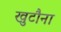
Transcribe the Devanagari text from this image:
खुटौना